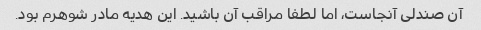
آن صندلی آنجاست، اما لطفا مراقب آن باشید. این هدیه مادر شوهرم بود.